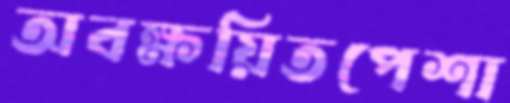
অবক্ষয়িতপেশা